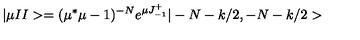
| \mu I I > = ( \mu ^ { * } \mu - 1 ) ^ { - N } e ^ { \mu J _ { - 1 } ^ { + } } | - N - k / 2 , - N - k / 2 >